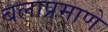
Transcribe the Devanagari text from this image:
बलाप्रमाणे